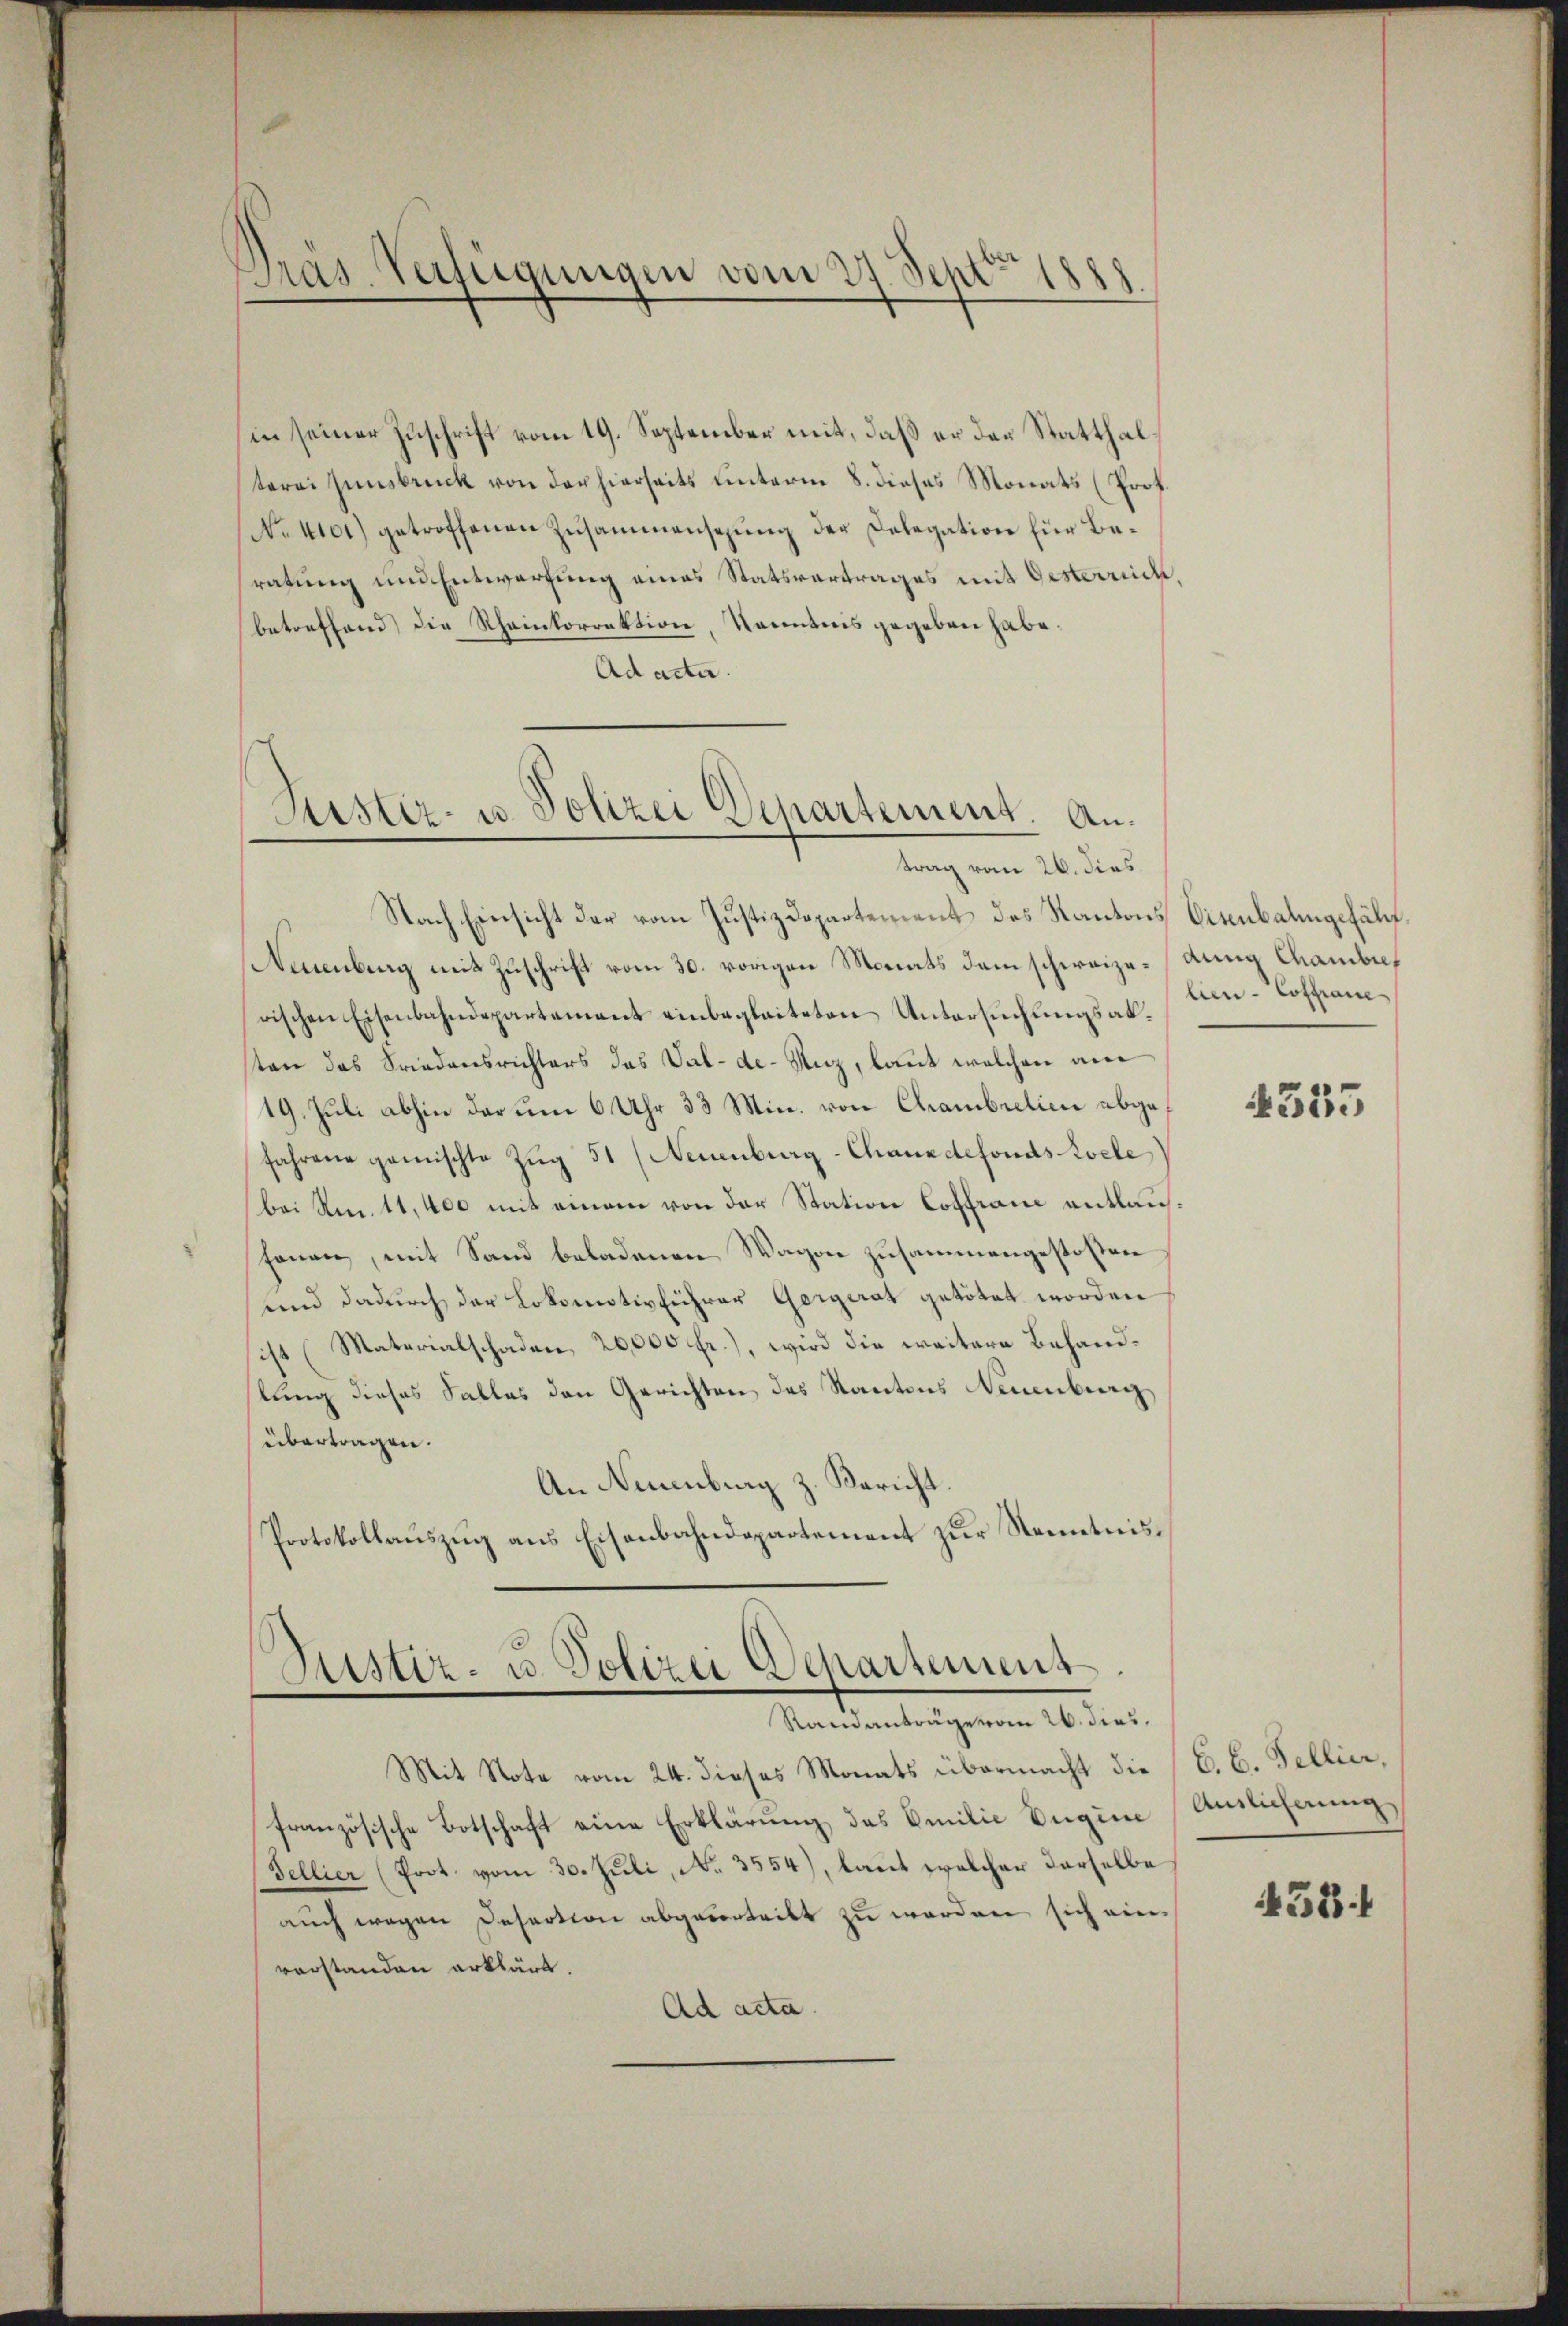
hin seiner Zuschrift vom 19. September mit, daß er des Statthalterei Innsbruck von der hierseits unterm 8. dieses Monats (Prof.
No 4101) getroffenen Zusammensezung der Delegation für Beratung und Entwerfung eines Statsvertrages mit Oesterrich,
betreffend die Rheinkorrektion, Kenntnis gegeben habe.
Ad acta.

Präs. Verfügungen vom 27. Sept. 1888

Kister- u. Polizei Departement. An¬

trag vom 26. dies
Nach Einsicht der vom Justizdepartement des Kantons Eisenbahngefällt.
Neuenburg mit Zuschrift vom 30. vorigen Monats dem schweize- dung Chambref
rischen Eisenbahndepartement einbegleiteten Untersuchungsabsten das Friedensrichters das Val-de-Unz, laut welchen am
19. Juli abhin der um 6 Uhr 33 Min. von Chambrelien abgefahrene gemischte Zŭg 51 (Neuenburg-Chauxdefonds Roele
bei Am. 11, 400 mit einem von der Station Cottraue entlauffonen, mit Sand beladenen Wagen zusammengestoßen
und dadurch der Lokomotivführer Gergerat getötet worden
ist (Materialschaden, 20,000 Fr.), wird die weitere Behandstung dieses Falles den Gerichten des Kantons Neuenburg
übertragen.
An Neuenburg z. Bericht.
Protokollauszug aus Eisenbahndepartement zur Kenntnis¬

Justiz- u. Polizei Departement
Randanträge vom 26. dies

Mit Note vom 24. dieses Monats übermacht die (C. C. Fellier,
französische Botschaft eine Erklärung des Emilie Bugine Auslicherung
Fellier (Prot. vom 30. Juli, No. 3554), laut welcher derselbe
auch wegen Desertion abgesorteilt zu werden sich ein
vorstanden erklärt.
Ad acta.

lien - Cosfraue

4355

452 f